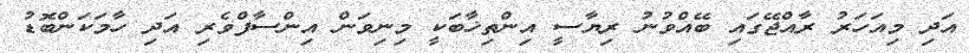
އަދި މިއަހަރު ރާއްޖޭގައި ބޭއްވުނު ރިޔާސީ އިންތިޚާބަކީ މިނިވަން އިންސާފްވެރި އަދި ހާމަކަންބޮޑު